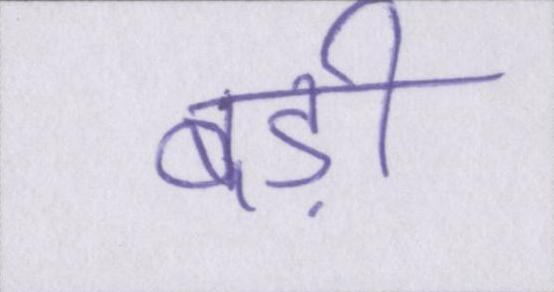
बड़ी